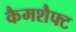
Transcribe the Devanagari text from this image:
कैमशैफ्ट